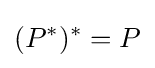
(P^{*})^{*}=P